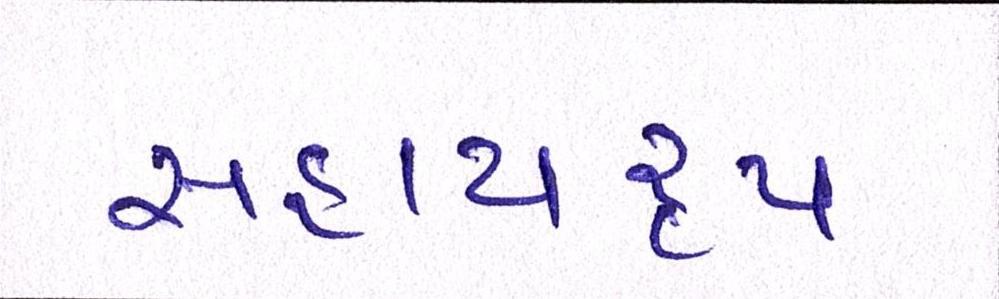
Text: સહાયરૃપ